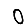
Digit: 0